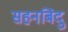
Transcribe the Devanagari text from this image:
सहनबिंदु